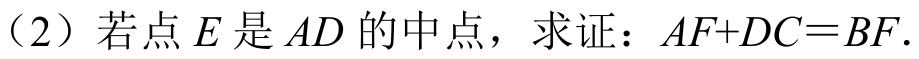
（2）若点$E$是$AD$的中点，求证：$AF + DC = BF$.